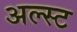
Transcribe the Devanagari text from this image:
अल्स्ट